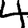
Digit: 4